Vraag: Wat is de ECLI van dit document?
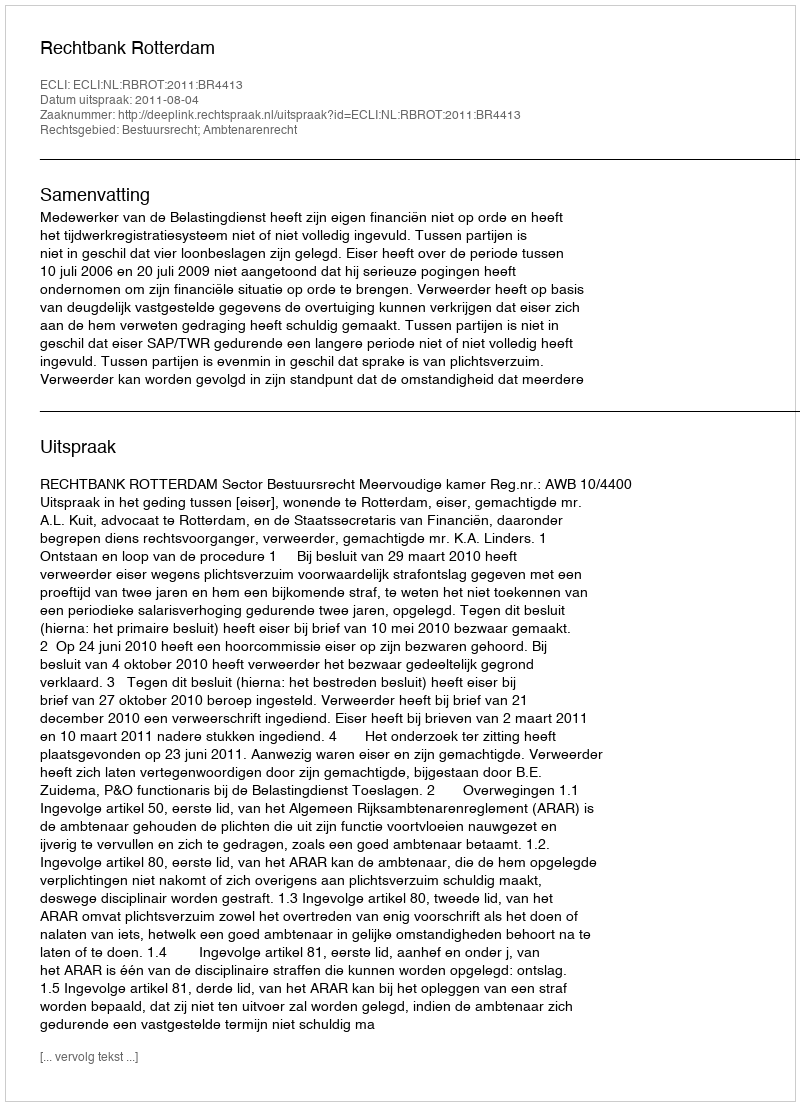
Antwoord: ECLI:NL:RBROT:2011:BR4413